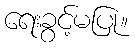
ရေးခွင့်မပြု။